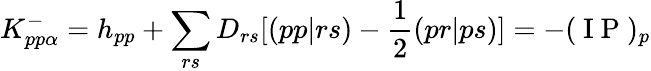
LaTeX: K_{pp\alpha}^{-}=h_{pp}+\sum_{rs}D_{rs}[(pp|rs)-\frac{1}{2}(pr|ps)]=-(\mathrm{~I~P~})_{p}